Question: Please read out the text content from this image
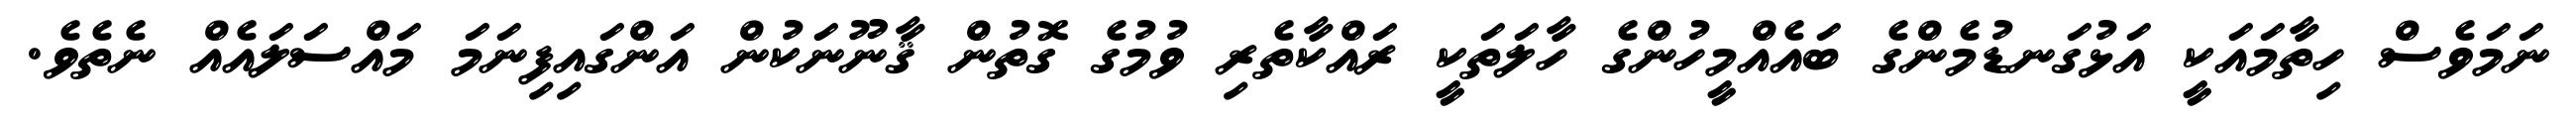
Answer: ނަމަވެސް ހިތާމައަކީ އަޅުގަނޑުމެންގެ ބައެއްމީހުންގެ ހާލަތަކީ ރައްކާތެރި ވުމުގެ ގޮތުން ޤާނޫނަކުން އަންގައިފިނަމަ މައްސަލައެއް ނެތެވެ.